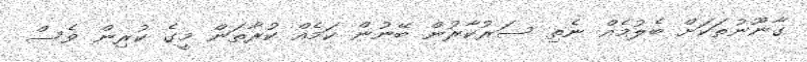
ގާނޫނުތަކަށް ބެލުމެއް ނެތި ސަރުކާރުން ބޭނުން ކަމެއް ކުރާތަން މީގެ ކުރިން ވެސް